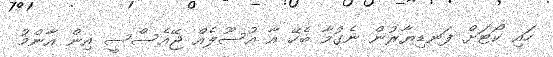
ހައި ކޯޓަށް ފަނޑިޔާރުން ނެގުމާ ބެހޭ އާ އުސޫލެއް ޖޭއެސްސީ އިން އާންމު